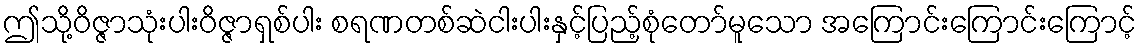
ဤသို့ဝိဇ္ဇာသုံးပါးဝိဇ္ဇာရှစ်ပါး စရဏတစ်ဆဲငါးပါးနှင့်ပြည့်စုံတော်မူသော အကြောင်းကြောင်းကြောင့်